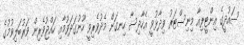
ސައުދީގެ އިންޓީރިއާ މިނިސްޓަރު ވިދާޅުވީ އެހާދިސާ ހިނގަން މެދުވެރިވީ ހޫނުގަދަވުމާއި ހައްޖުވެރިން ވަރުބަލިވުމުގެ